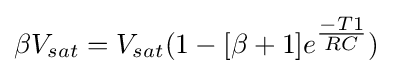
\beta V_{sat}=V_{sat}(1-[\beta +1]e^{\tfrac {-T1}{RC}})